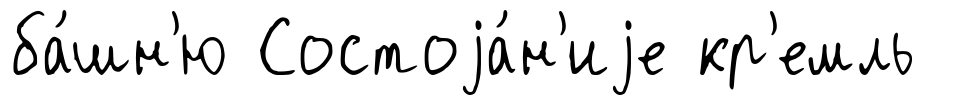
ба́шн'ю Состоjа́н'иjе кр'емль